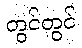
တွင်တွင်